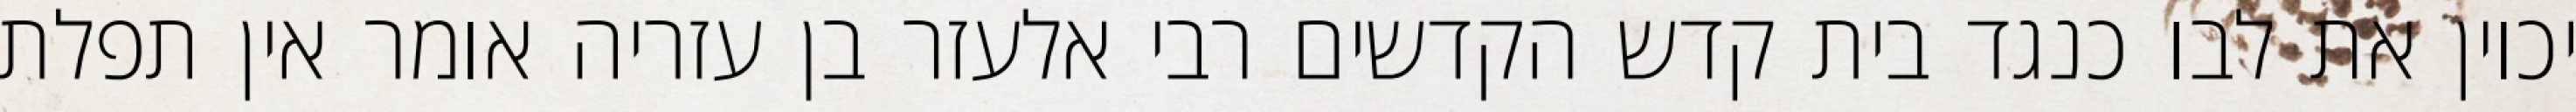
יכוין את לבו כנגד בית קדש הקדשים רבי אלעזר בן עזריה אומר אין תפלת